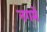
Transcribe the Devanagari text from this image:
नगमें